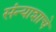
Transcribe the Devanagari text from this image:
संन्याशाचे